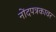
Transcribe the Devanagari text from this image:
नोंदपत्रकावर